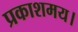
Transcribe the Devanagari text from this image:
प्रकाशमय।